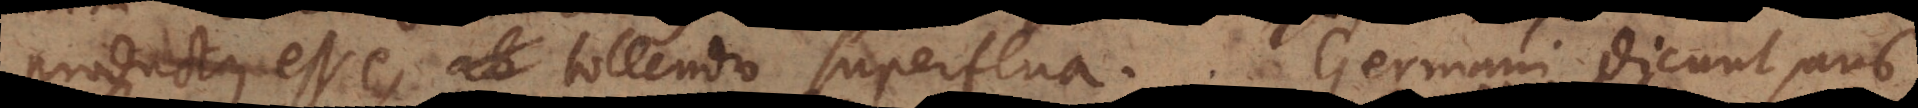
productus esse, ab tollendo superflua. Germani dicunt au